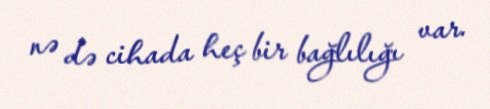
nə də cihada heç bir bağlılığı var.